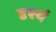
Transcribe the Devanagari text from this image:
दृश्यं